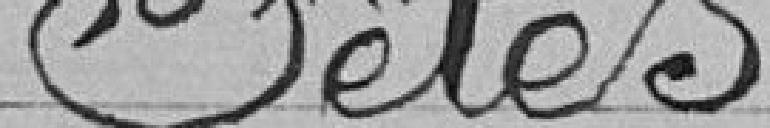
Fêtes